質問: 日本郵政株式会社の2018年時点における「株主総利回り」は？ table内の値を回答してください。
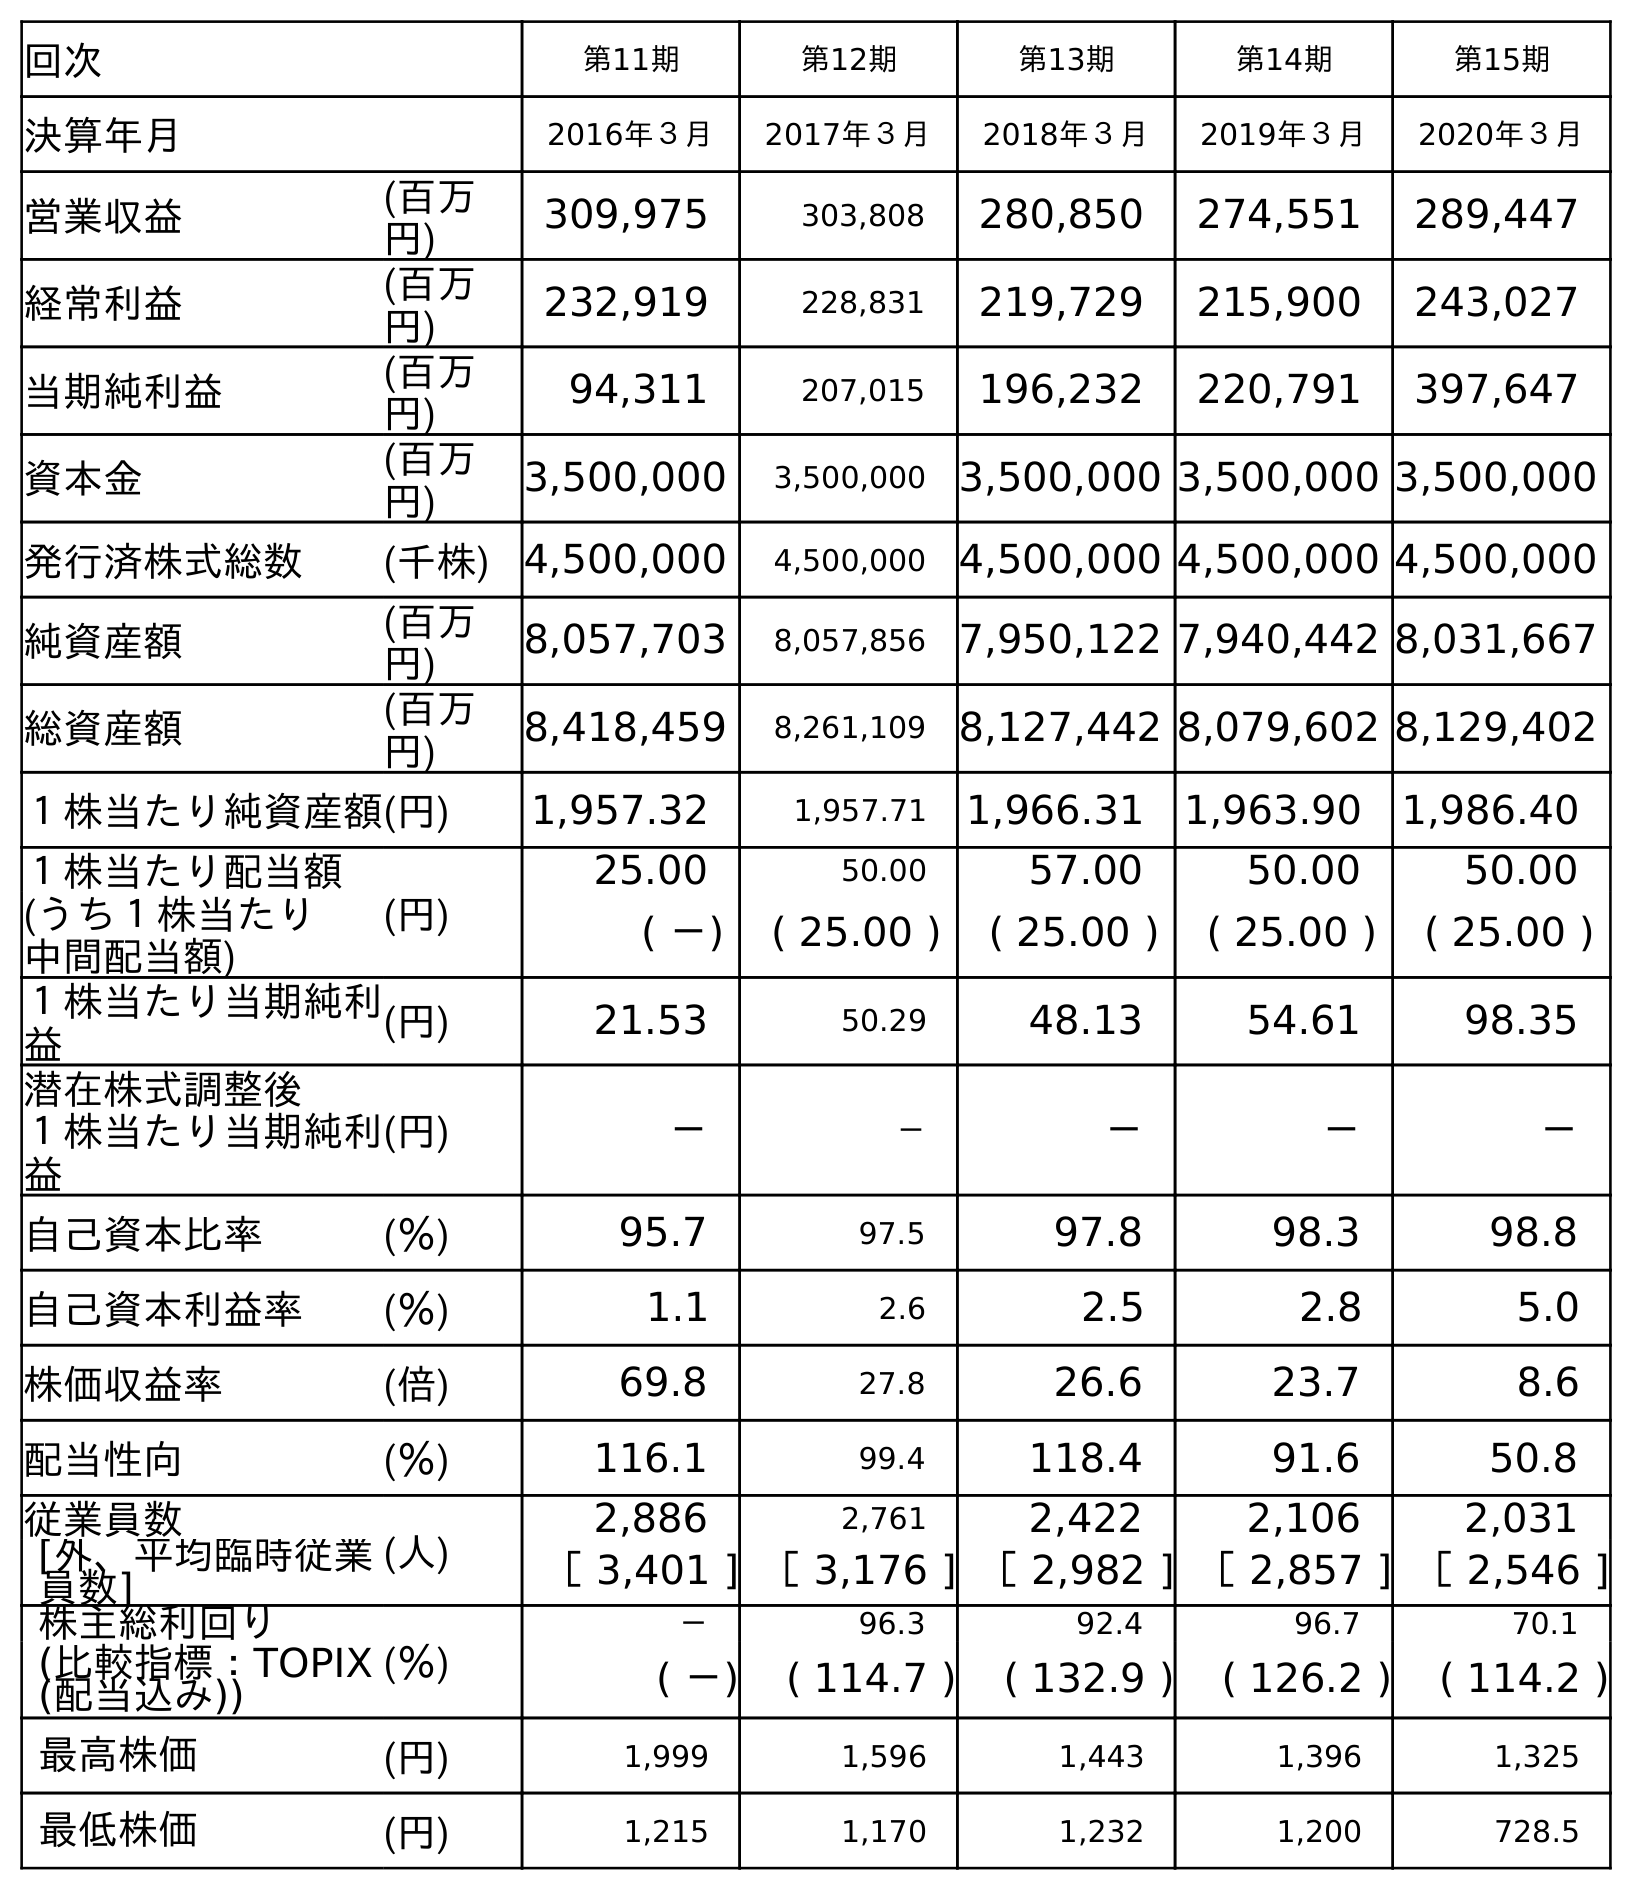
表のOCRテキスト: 回次 第11期 第12期 第13期 第14期 第15期 決算年月 2016年３月 2017年３月 2018年３月 2019年３月 2020年３月 営業収益 (百万 円) 309,975 303,808 280,850 274,551 289,447 経常利益 (百万 円) 232,919 228,831 219,729 215,900 243,027 当期純利益 (百万 円) 94,311 207,015 196,232 220,791 397,647 資本金 (百万 円) 3,500,000 3,500,000 3,500,000 3,500,000 3,500,000 発行済株式総数 (千株) 4,500,000 4,500,000 4,500,000 4,500,000 4,500,000 純資産額 (百万 円) 8,057,703 8,057,856 7,950,122 7,940,442 8,031,667 総資産額 (百万 円) 8,418,459 8,261,109 8,127,442 8,079,602 8,129,402 １株当たり純資産額(円) 1,957.32 1,957.71 1,966.31 1,963.90 1,986.40 １株当たり配当額 (円) 25.00 50.00 57.00 50.00 50.00 (うち１株当たり 中間配当額) ( －) ( 25.00 ) ( 25.00 ) ( 25.00 ) ( 25.00 ) １株当たり当期純利 益 (円) 21.53 50.29 48.13 54.61 98.35 潜在株式調整後 １株当たり当期純利 益 (円) － － － － － 自己資本比率 (％) 95.7 97.5 97.8 98.3 98.8 自己資本利益率 (％) 1.1 2.6 2.5 2.8 5.0 株価収益率 (倍) 69.8 27.8 26.6 23.7 8.6 配当性向 (％) 116.1 99.4 118.4 91.6 50.8 従業員数 (人) 2,886 2,761 2,422 2,106 2,031 [外、平均臨時従業 員数] ［ 3,401 ] ［ 3,176 ] ［ 2,982 ] ［ 2,857 ] ［ 2,546 ] 株主総利回り (％) － 96.3 92.4 96.7 70.1 (比較指標：TOPIX (配当込み)) ( －) ( 114.7 ) ( 132.9 ) ( 126.2 ) ( 114.2 ) 最高株価 (円) 1,999 1,596 1,443 1,396 1,325 最低株価 (円) 1,215 1,170 1,232 1,200 728.5
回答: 92.4